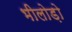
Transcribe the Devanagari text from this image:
भीलोड़ो